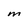
Character: M